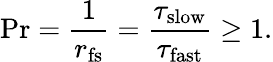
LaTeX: \mathrm{Pr}=\frac{1}{r_{\mathrm{fs}}}=\frac{\tau_{\mathrm{slow}}}{\tau_{\mathrm{fast}}}\ge 1.